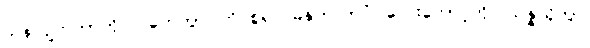
သန်လျက်ကာကို။ ဂဟေတွာ၊ ကိုင်စွဲ၍။ ဓနုကလာပံ၊ လေးတောင့်ကို။ သန္နယှိတွာ၊